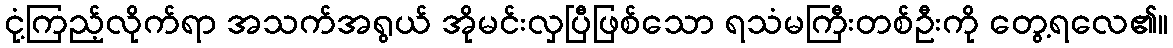
ငုံ့ကြည့်လိုက်ရာ အသက်အရွယ် အိုမင်းလှပြီဖြစ်သော ရသံမကြီးတစ်ဦးကို တွေ့ရလေ၏။